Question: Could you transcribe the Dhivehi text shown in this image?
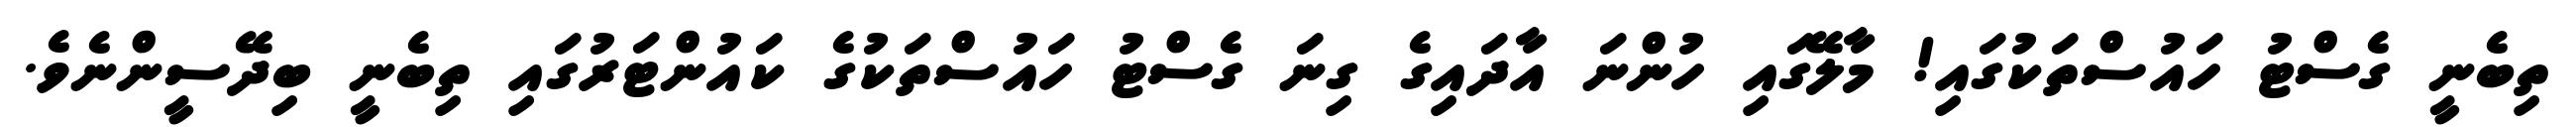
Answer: ތިބެނީ ގެސްޓު ހައުސްތަކުގައި! މާލޭގައި ހުންނަ އާދައިގެ ގިނަ ގެސްޓު ހައުސްތަކުގެ ކައުންޓަރުގައި ތިބެނީ ބިދޭސީންނެވެ.